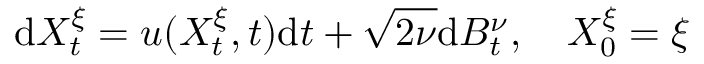
\mathrm { d } X _ { t } ^ { \xi } = u ( X _ { t } ^ { \xi } , t ) \mathrm { d } t + \sqrt { 2 \nu } \mathrm { d } B _ { t } ^ { \nu } , \quad X _ { 0 } ^ { \xi } = \xi